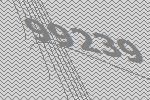
99239